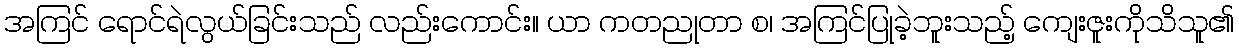
အကြင် ရောင်ရဲလွယ်ခြင်းသည် လည်းကောင်း။ ယာ ကတညုတာ စ၊ အကြင်ပြုခဲ့ဘူးသည့် ကျေးဇူးကိုသိသူ၏